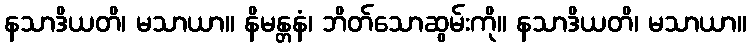
နသာဒိယတိ၊ မသာယာ။ နိမန္တနံ၊ ဘိတ်သောဆွမ်းကို။ နသာဒိယတိ၊ မသာယာ။